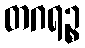
တဂရဉ္စ